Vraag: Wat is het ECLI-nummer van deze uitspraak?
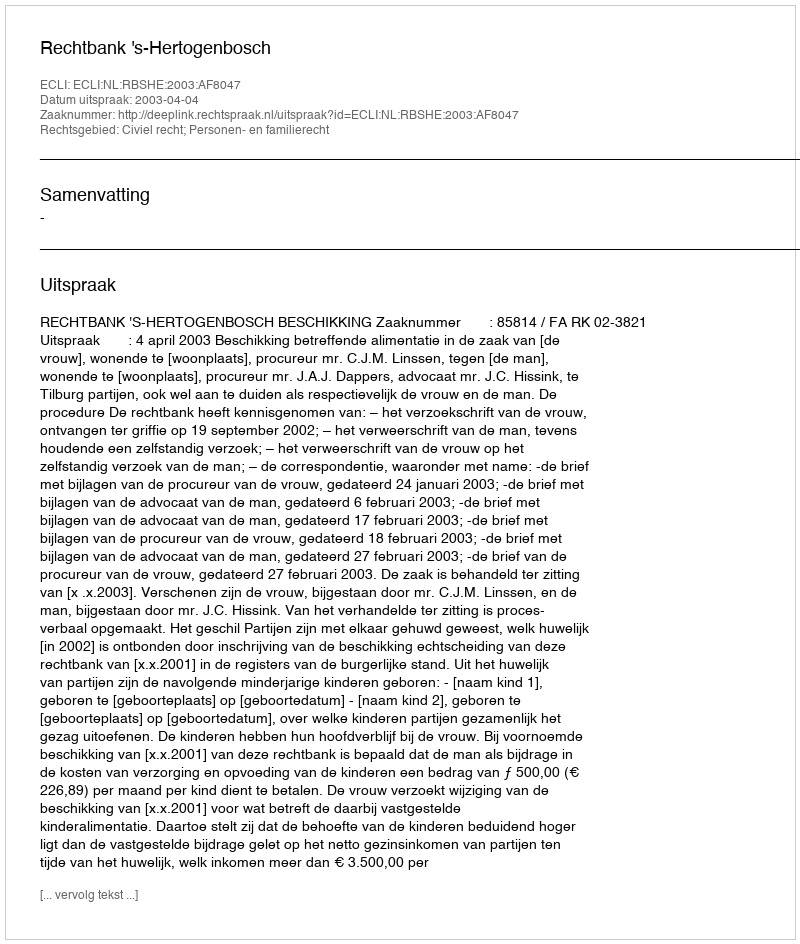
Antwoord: ECLI:NL:RBSHE:2003:AF8047